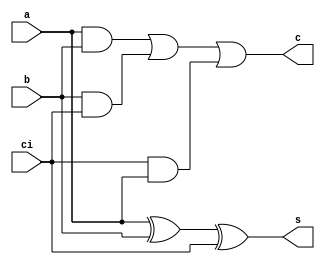
// Behavioural Design of full adder

module FA_bh (
    s,c,a,b,ci
);
input   a,b,ci;
output  reg s,c;

always @(*) begin
    s = a ^ b ^ ci ;            // Sum 
    c = a&b | b&ci | ci&a ;     // Carry
end
    
endmodule